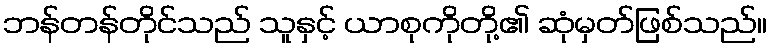
ဘန်တန်တိုင်သည် သူနှင့် ယာစုကိုတို့၏ ဆုံမှတ်ဖြစ်သည်။